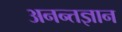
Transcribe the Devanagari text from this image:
अनन्तज्ञान